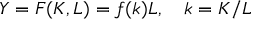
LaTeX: Y = F ( K , L ) = f ( k ) L , \quad k = K / L